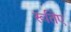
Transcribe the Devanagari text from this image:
रूतिए